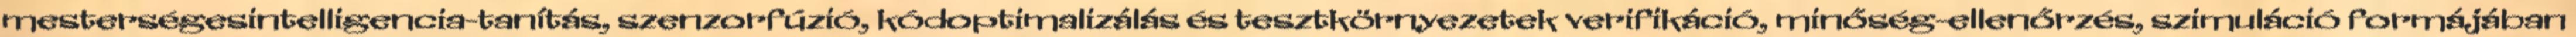
mesterségesintelligencia-tanítás, szenzorfúzió, kódoptimalizálás és tesztkörnyezetek verifikáció, minőség-ellenőrzés, szimuláció formájában